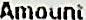
AMOUNT